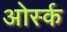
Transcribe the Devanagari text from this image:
ओर्स्क